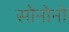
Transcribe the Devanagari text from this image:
सोनोनो